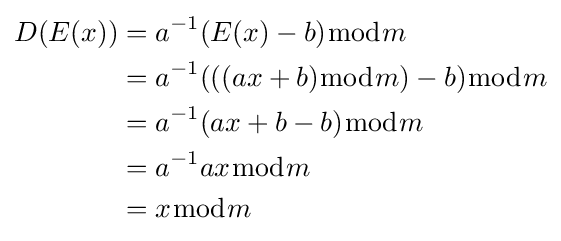
{\begin{aligned}D(E(x))&=a^{-1}(E(x)-b){\bmod {m}}\\&=a^{-1}(((ax+b){\bmod {m}})-b){\bmod {m}}\\&=a^{-1}(ax+b-b){\bmod {m}}\\&=a^{-1}ax{\bmod {m}}\\&=x{\bmod {m}}\end{aligned}}